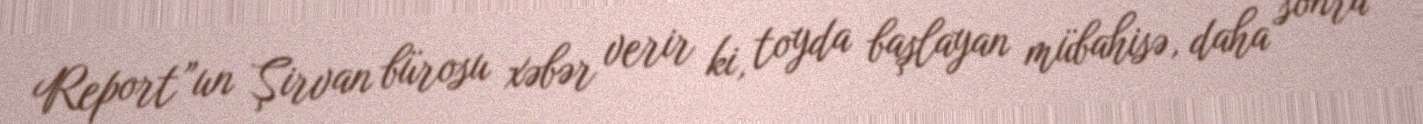
Report”un Şirvan bürosu xəbər verir ki, toyda başlayan mübahisə, daha sonra